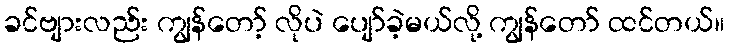
ခင်ဗျားလည်း ကျွန်တော့် လိုပဲ ပျော်ခဲ့မယ်လို့ ကျွန်တော် ထင်တယ်။